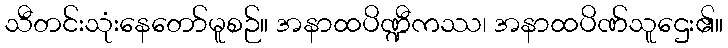
သီတင်းသုံးနေတော်မူစဉ်။ အနာထပိဏ္ဍီကဿ၊ အနာထပိဏ်သူဌေး၏။